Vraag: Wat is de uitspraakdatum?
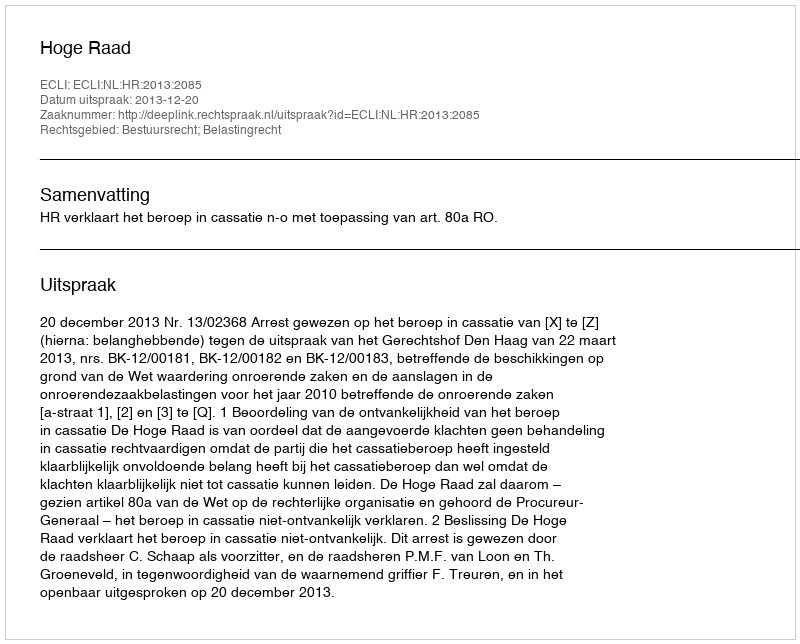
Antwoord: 2013-12-20